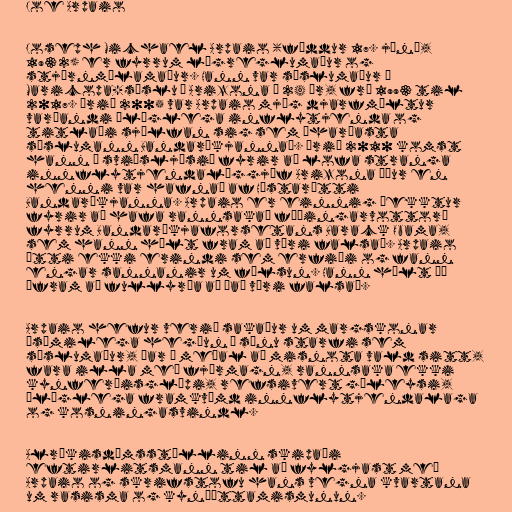
Joe Arpaio

Joseph Michael Arpaio (fæddur 17. júní,
1932) er fyrrum lögreglumaður og
stjórnmálamaður. Hann var sýslumaður í
Maricopa-sýslu í Arizona í 24 ár, frá 1993 til
2017. Árið 2005 var Arpaio mjög djarfmæltur
varðandi ólöglega inflytjenda og
titlaði sjálfan sig sem „harðasta
sýslumann Bandaríkjanna“. Árið 2010 komst
hann í sviðsljósið fyrir að lofa stranga
innflytjendalöggjöf Arizona áður en
henni var hafnað af Hæstarétti
Bandaríkjanna. Arpaio er einnig þekktur
fyrir að hafa rannsakað fæðingarvottorð
fyrrum Bandaríkjaforsetans Barack Obama,
sem hann hélt fram að væri falsað. Arpaio
átti ekki erindi sem erfiði og fann
engar sannanir um fölsun. Hann hélt þó
áfram að fullyrða að það væri falsað.

Arpaio hefur verið sakaður um margskonar
ósæmilega hegðun í sínu starfi sem
sýslumaður, þar á meðal að misnota vald sitt,
fara illa með fjármagn, rannsaka ekki
kynferðisglæpi, refsivert gáleysi,
ólöglega framkvæmd innflytjendalaga
og kosningasvindl.

Alríkisdómsstóllinn skipaði
eftirlitsmann til að fylgjast með
Arpaio og skrifstofu hans vegna kvartana
um rasisma og kynþáttamismunun.